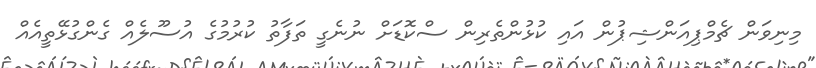
މިނިވަން ޗެމްޕިއަންޝިޕުން އައި ކުޅުންތެރިން ސްކޮޑަށް ނުނެގީ ތަފާތު ކުރުމުގެ އުސޫލެއް ގެންގުޅޭތީއެއް